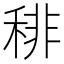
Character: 𥟍